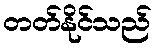
တတ်နိုင်သည်